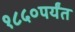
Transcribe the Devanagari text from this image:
१८५०पर्यंत